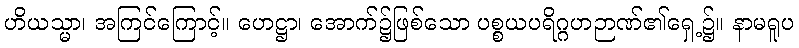
ဟိယသ္မာ၊ အကြင်ကြောင့်။ ဟေဋ္ဌာ၊ အောက်၌ဖြစ်သော ပစ္စယပရိဂ္ဂဟဉာဏ်၏ရှေ့၌။ နာမရူပ